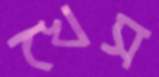
খেস